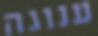
ענוגה